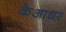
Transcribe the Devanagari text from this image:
केआधर